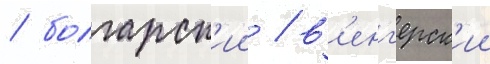
/ болгарск'ии / в'енг'ерск'ии